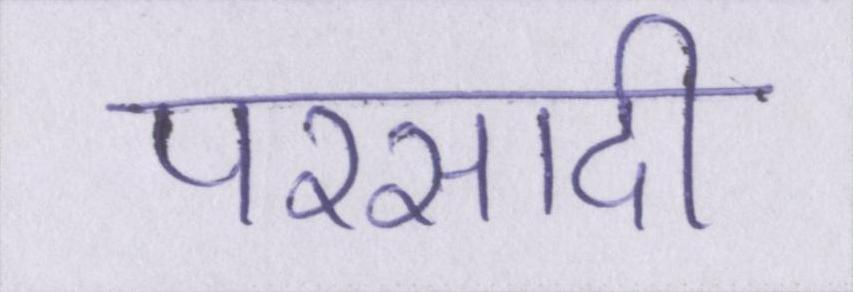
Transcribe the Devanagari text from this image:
परसादी